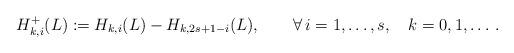
LaTeX: \begin{align*}H^+_{k,i}(L):= H_{k,i}(L)-H_{k,2s+1-i}(L),\qquad\forall\, i=1,\ldots, s,\quad k=0,1,\ldots\,.\end{align*}